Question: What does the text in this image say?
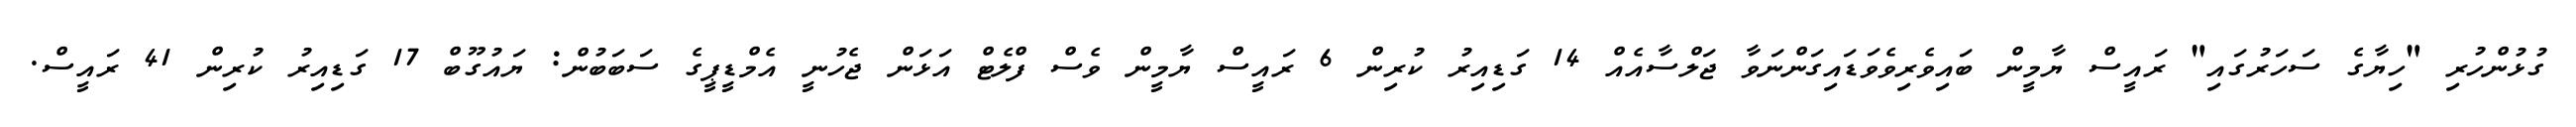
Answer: ގުޅުންހުރި "ހިޔާގެ ސަހަރުގައި" ރައީސް ޔާމީން ބައިވެރިވެވަޑައިގަންނަވާ ޖަލްސާއެއް 14 ގަޑިއިރު ކުރިން 6 ރައީސް ޔާމީން ވެސް ފްލެޓް އަޅަން ޖެހުނީ އެމްޑީޕީގެ ސަބަބުން: ޔައުގޫބް 17 ގަޑިއިރު ކުރިން 41 ރައީސް.